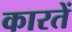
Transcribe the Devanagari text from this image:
कारतें